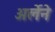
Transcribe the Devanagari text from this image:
अर्लेने